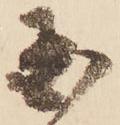
国